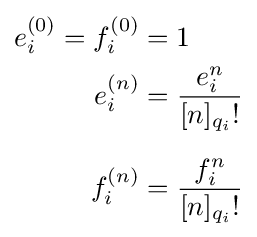
{\begin{aligned}e_{i}^{(0)}=f_{i}^{(0)}&=1\\e_{i}^{(n)}&={\frac {e_{i}^{n}}{[n]_{q_{i}}!}}\\[6pt]f_{i}^{(n)}&={\frac {f_{i}^{n}}{[n]_{q_{i}}!}}\end{aligned}}